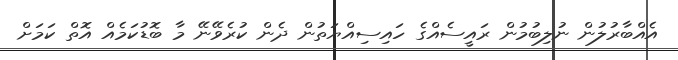
އެއްބާރުލުން ނުލިބުމުން ރައީސެއްގެ ހައިސިއްޔަތުން ދެން ކުރެވޭނޭ މާ ބޮޑުކަމެއް އޮތް ކަމަށް